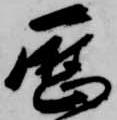
歴